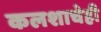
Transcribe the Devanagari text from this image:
कलशाचेही